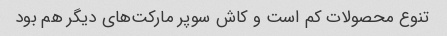
تنوع محصولات کم است و کاش سوپر مارکت‌های دیگر هم بود